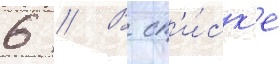
6 // В сп'и́ск'е